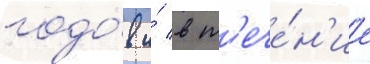
годо́в и́ в т'ече́н'ие